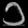
Digit: ၁